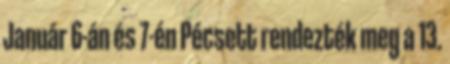
Január 6-án és 7-én Pécsett rendezték meg a 13.